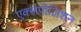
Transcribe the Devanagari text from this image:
एक्सपोज़िशन